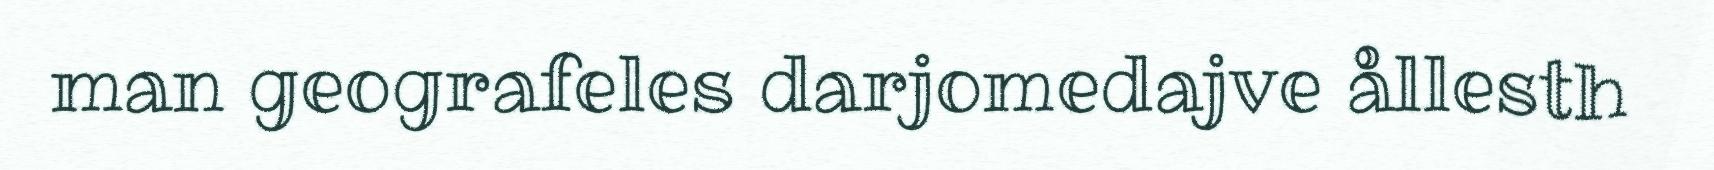
man geografeles darjomedajve ållesth